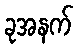
ခုအနက်